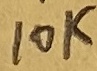
Text: 10K